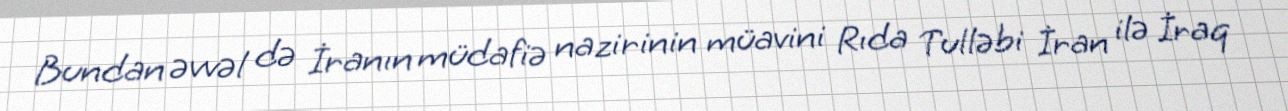
Bundan əvvəl də İranın müdafiə nazirinin müavini Rıda Tulləbi İran ilə İraq